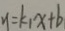
y = k _ { 1 } x + b